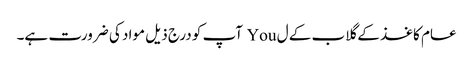
عام کاغذ کے گلاب کے ل You آپ کو درج ذیل مواد کی ضرورت ہے۔